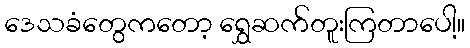
ဒေသခံတွေကတော့ ရွှေဆက်တူးကြတာပေါ့။